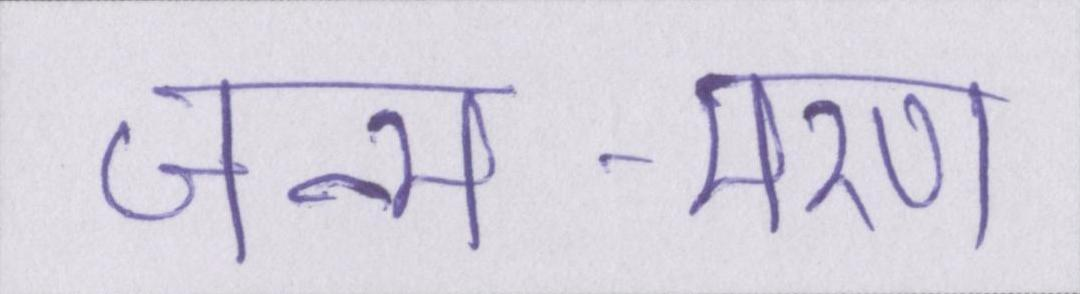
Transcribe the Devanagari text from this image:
जन्म-मरण